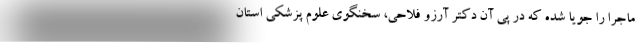
ماجرا را جویا شده که در پی آن دکتر آرزو فلاحی، سخنگوی علوم پزشکی استان